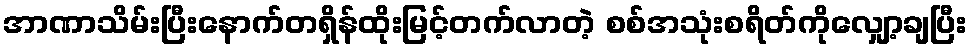
အာဏာသိမ်းပြီးနောက်တရှိန်ထိုးမြင့်တက်လာတဲ့ စစ်အသုံးစရိတ်ကိုလျှော့ချပြီး